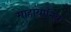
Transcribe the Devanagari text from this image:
माहायानिक